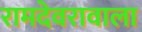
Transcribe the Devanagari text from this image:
रामदेवरावाला